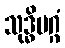
သုဒ္ဓိမဂ္ဂံ